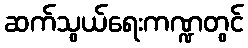
ဆက်သွယ်ရေးကဏ္ဍတွင်